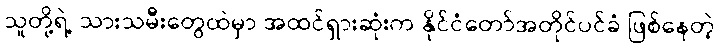
သူတို့ရဲ့ သားသမီးတွေထဲမှာ အထင်ရှားဆုံးက နိုင်ငံတော်အတိုင်ပင်ခံ ဖြစ်နေတဲ့